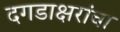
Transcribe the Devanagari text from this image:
दगडाक्षरांचा